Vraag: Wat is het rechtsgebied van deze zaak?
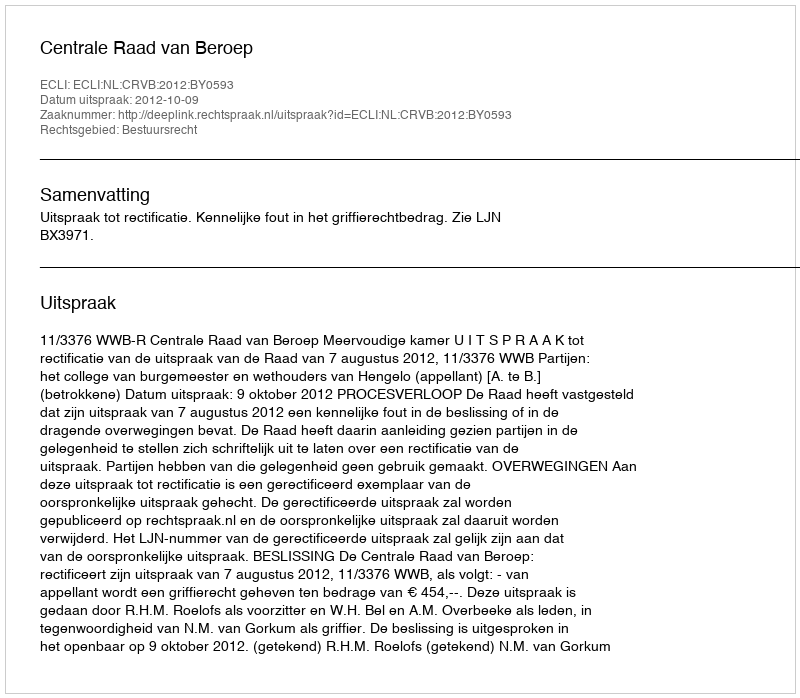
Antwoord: Bestuursrecht